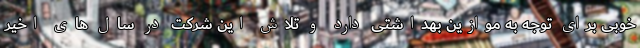
خوبی برای توجه به موازین بهداشتی دارد و تلاش این شرکت در سال های اخیر